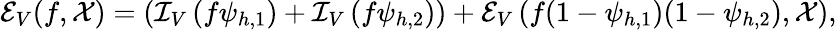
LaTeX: \mathcal{E}_{V}(f,\mathcal{X})=\left(\mathcal{I}_{V}\left(f\psi_{h,1}\right)+\mathcal{I}_{V}\left(f\psi_{h,2}\right)\right)+\mathcal{E}_{V}\left(f(1-\psi_{h,1})(1-\psi_{h,2}),\mathcal{X}\right),